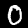
Label: 0